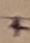
Text: +